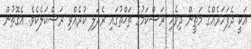
އަކީ ދެފަހަރެއްގެ މަތީން ދިވެހި ރަސްކަމުގެ ތަޚްތުގައި ރެދަލި ކުރެއްވި ރަސްކަލެކެވެ. އެގޮތުން